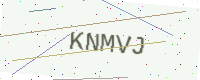
Text: KNMVJ